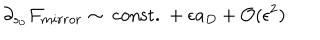
\partial _ { s _ { 0 } } { \cal F } _ { m i r r o r } \sim \mathrm { ~ c o n s t . ~ } + \epsilon a _ { D } + { \cal O } ( \epsilon ^ { 2 } )